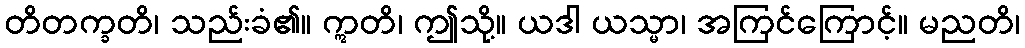
တိတက္ခတိ၊ သည်းခံ၏။ ဣတိ၊ ဤသို့။ ယဒါ ယသ္မာ၊ အကြင်ကြောင့်။ မညတိ၊